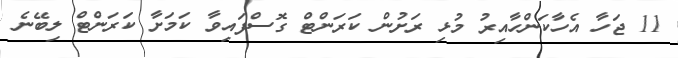
11 ޖަހާ އެހާކަންހާއިރު މުޅި ރަށުން ކަރަންޓް ގޮސްފައިވާ ކަމަށާ ކަރަންޓް ލިބޭނެ